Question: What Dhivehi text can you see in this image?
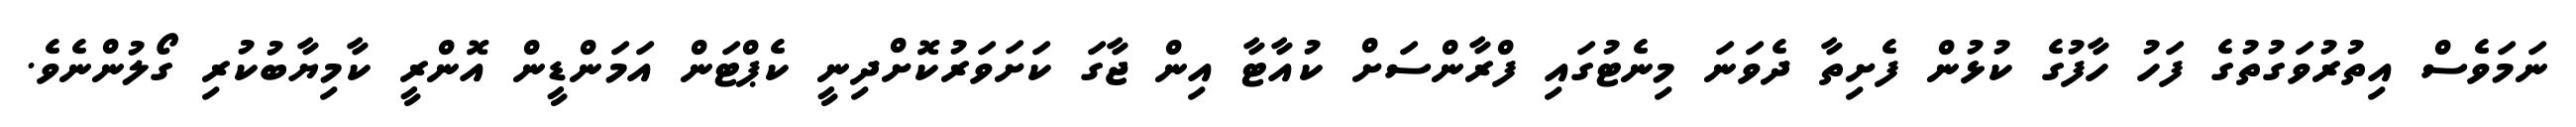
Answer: ނަމަވެސް އިތުރުވަގުތުގެ ފަހު ހާފުގެ ކުޅުން ފެށިތާ ދެވަނަ މިނެޓުގައި ފްރާންސަށް ކުއާޓާ އިން ޖާގަ ކަށަވަރުކޮށްދިނީ ކެޕްޓަން އަމަންޑީން އޮންރީ ކާމިޔާބުކުރި ގޯލުންނެވެ.